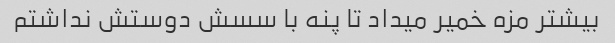
بیشتر مزه خمیر میداد تا پنه با سسش دوستش نداشتم